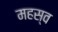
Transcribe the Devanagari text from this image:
महस्व